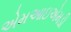
એમઆઇએમડી